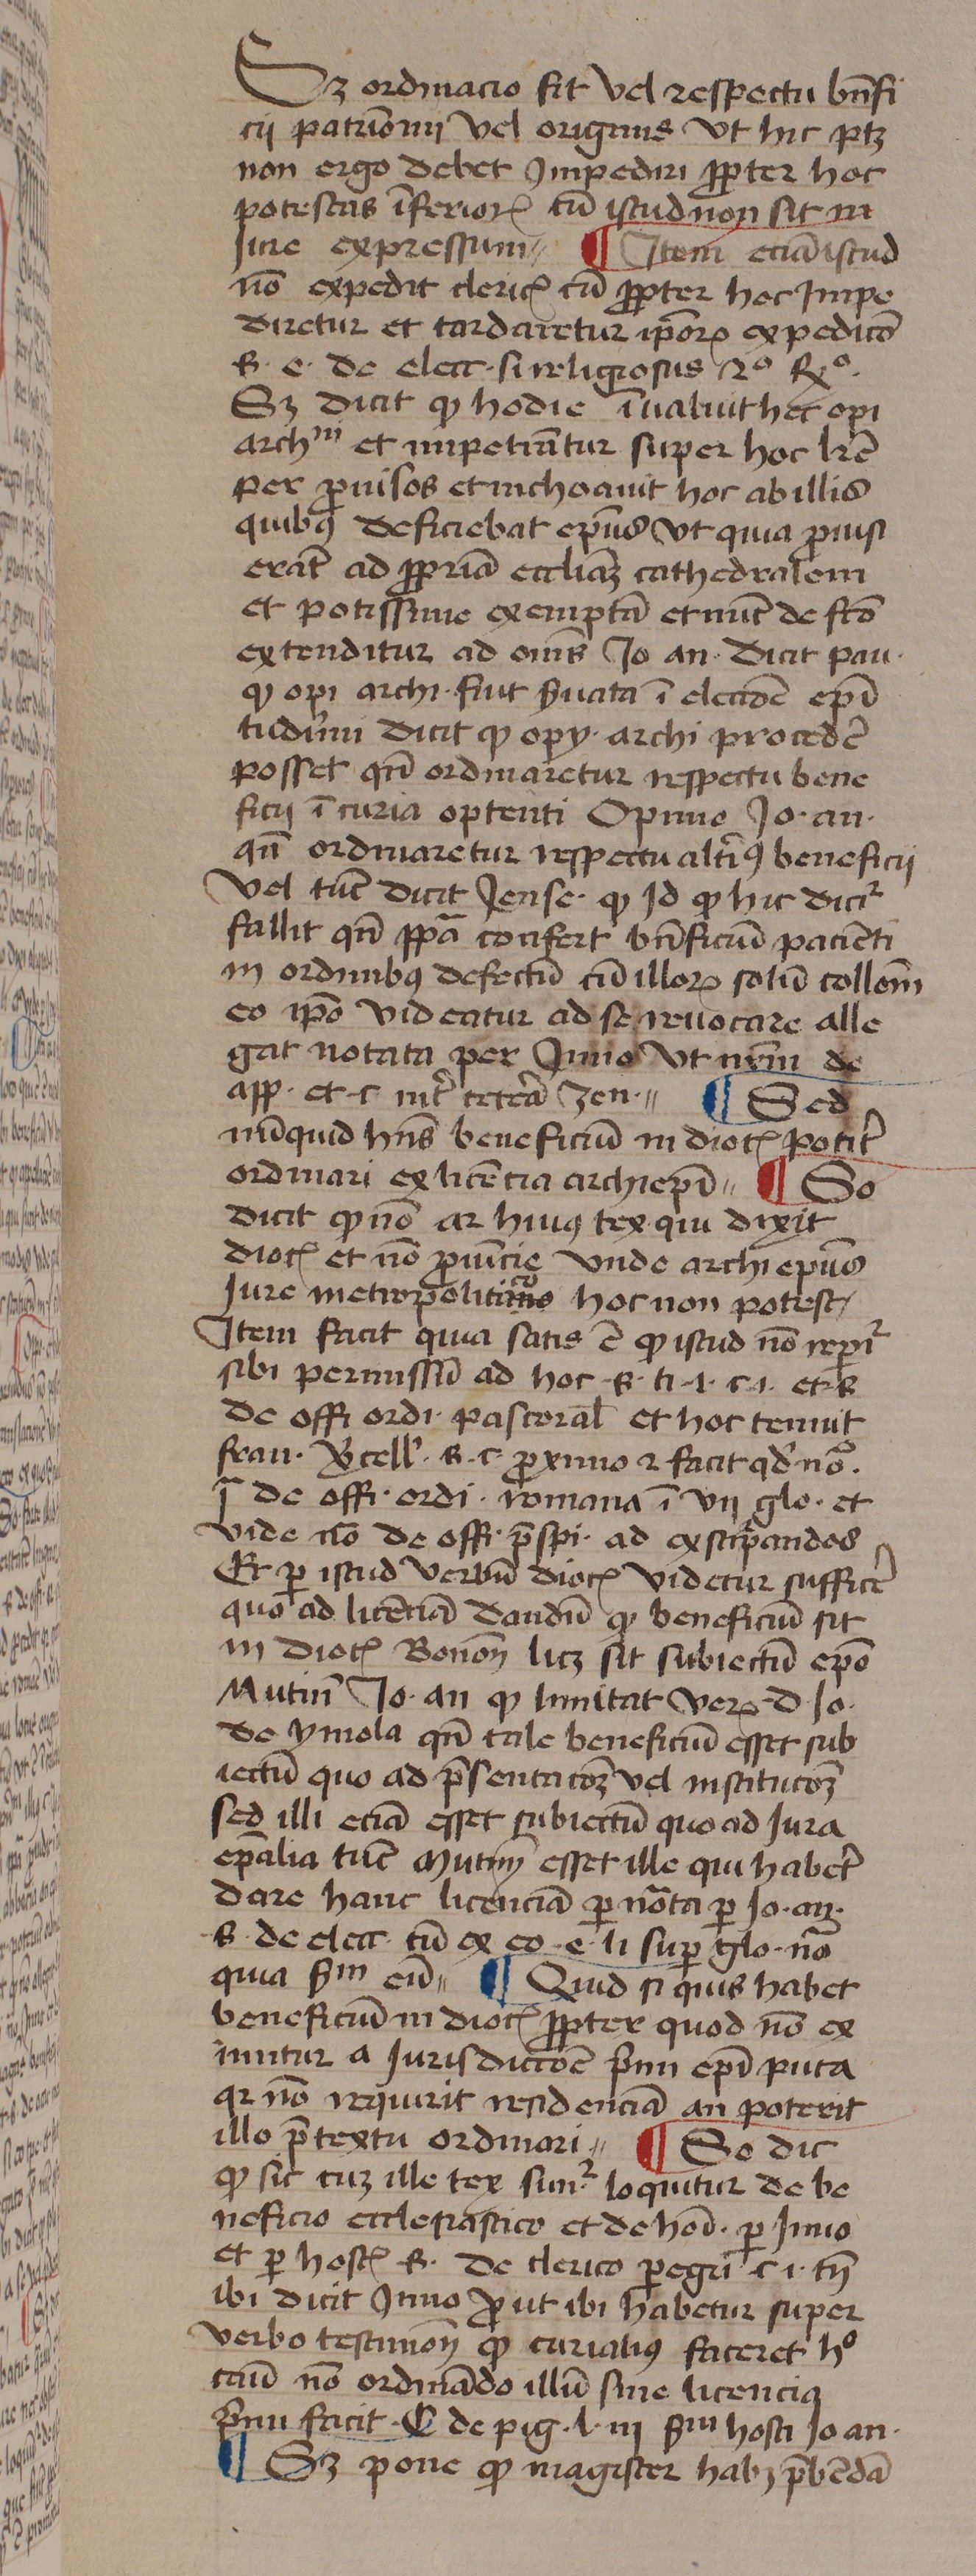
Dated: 1439–1439